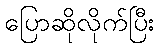
ပြောဆိုလိုက်ပြီး